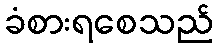
ခံစားရစေသည်